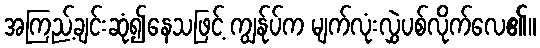
အကြည့်ချင်းဆုံ၍နေသဖြင့် ကျွန်ုပ်က မျက်လုံးလွှဲပစ်လိုက်လေ၏။